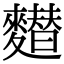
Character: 𪍲